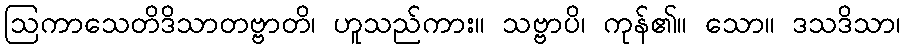
ဩကာသေတိဒိသာတဗ္ဗာတိ၊ ဟူသည်ကား။ သဗ္ဗာပိ၊ ကုန်၏။ သော။ ဒသဒိသာ၊